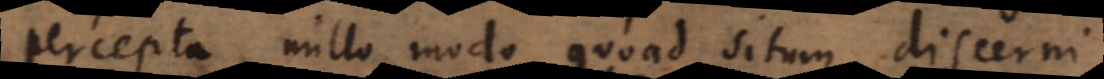
percepta nullo modo quoad situm discerni